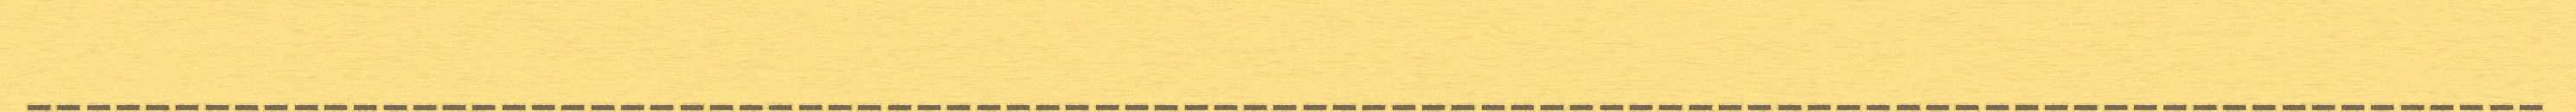
_____________________________________________________________________________________